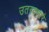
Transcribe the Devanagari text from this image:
उतरवणारे